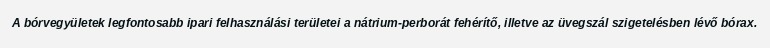
A bórvegyületek legfontosabb ipari felhasználási területei a nátrium-perborát fehérítő, illetve az üvegszál szigetelésben lévő bórax.